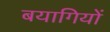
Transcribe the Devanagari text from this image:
बयागियों